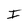
Character: I